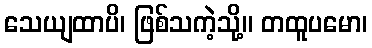
သေယျထာပိ၊ ဖြစ်သကဲ့သို့။ တထူပမော၊